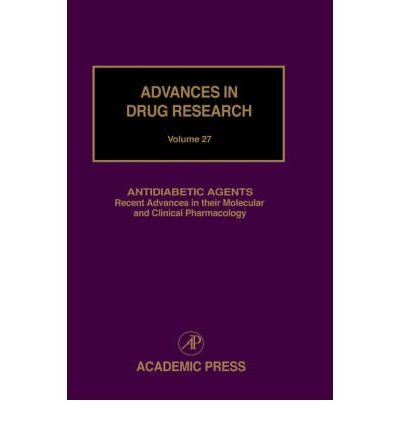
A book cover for [ Antidiabetic Agents: Recent Advances in Their Molecular and Clinical Pharmacology [ ANTIDIABETIC AGENTS: RECENT ADVANCES IN THEIR MOLECULAR AND CLINICAL PHARMACOLOGY BY Testa -. Meyer, -. Meyer ( Author ) May-28-1996[ ANTIDIABETIC AGENTS: RECENT ADVANCES IN THEIR MOLECULAR AND CLINICAL PHARMACOLOGY [ ANTIDIABETIC AGENTS: RECENT ADVANCES IN THEIR MOLECULAR AND CLINICAL PHARMACOLOGY BY TESTA -. MEYER, -. MEYER ( AUTHOR ) MAY-28-1996 ] By Testa -. Meyer, -. Meyer ( Author )May-28-1996 Hardcover; Meyer Testa -. Meyer; Medical Books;